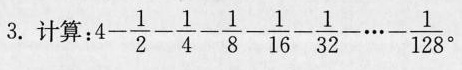
3.计算：4-\frac{1}{2}-\frac{1}{4}-\frac{1}{8}-\frac{1}{16}-\frac{1}{32}-…-frac{1}{128}。